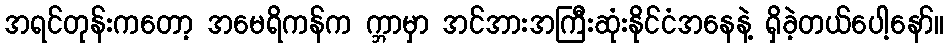
အရင်တုန်းကတော့ အမေရိကန်က က္ဘာမှာ အင်အားအကြီးဆုံးနိုင်ငံအနေနဲ့ ရှိခဲ့တယ်ပေါ့နော်။